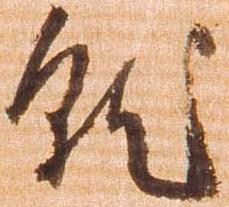
就